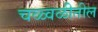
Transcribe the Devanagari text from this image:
चळ्वळीतील